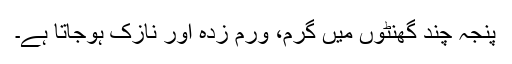
پنجہ چند گھنٹوں میں گرم، ورم زدہ اور نازک ہوجاتا ہے۔